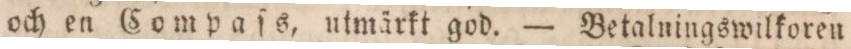
och en Compaſs, utmärkt god. — Betalningswilkoren